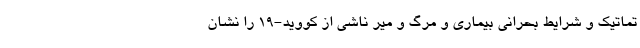
تماتیک و شرایط بحرانی بیماری و مرگ و میر ناشی از کووید-19 را نشان